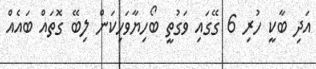
އަދި ބާކީ ހުރި 6 ގޭގައި ވަގުތީ ބޯހިޔާވަހިކަން ލިބޭ ގޮތައް ބައެއް